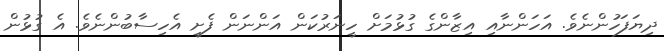
ދިޔަފަހުންނެވެ. އަހަންނާއި އިޒާންގެ ގުޅުމަށް ހީނަރުކަން އަންނަން ފެށީ އެހިސާބުންނެވެ. އެ ގުޅުން